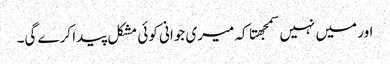
اور میں نہیں سمجهتا کہ میری جوانی کوئی مشکل پیدا کرے گی۔